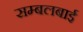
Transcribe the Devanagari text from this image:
सम्बलबाई